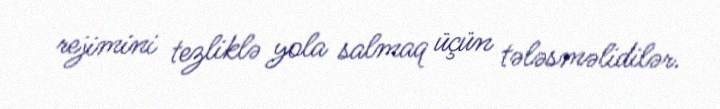
rejimini tezliklə yola salmaq üçün tələsməlidilər.